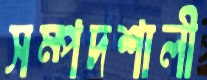
সম্পদশালী